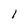
Character: 1